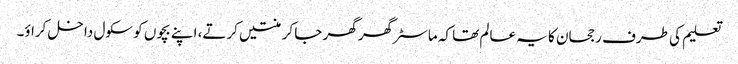
تعلیم کی طرف رجحان کا یہ عالم تھا کہ ماسٹر گھر گھر جا کر منتیں کرتے، اپنے بچوں کو سکول داخل کراؤ۔